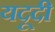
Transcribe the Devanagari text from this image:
यदूदी